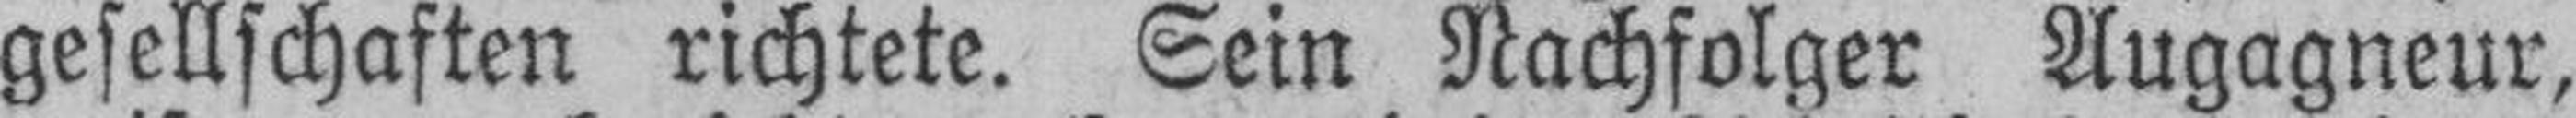
gesellschaften richtete. Sein Nachfolger Augagneur,